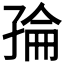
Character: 𭓌